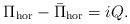
\begin{align*}\Pi_{\rm hor}-\bar\Pi_{\rm hor} = i Q.\end{align*}